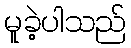
မူခဲ့ပါသည်